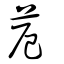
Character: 苊